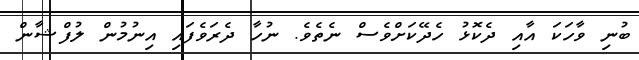
ބުނި ވާހަކަ އާއި ދެކޮޅު ހެދޭކަށްވެސް ނެތެވެ. ނުހާ ދެރަވެފައި އިނުމުން ލުފްޝާން